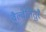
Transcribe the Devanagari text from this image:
वैल्वेत्तितुरै